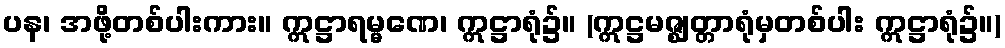
ပန၊ အဖို့တစ်ပါးကား။ ဣဋ္ဌာရမ္မဏေ၊ ဣဋ္ဌာရုံ၌။ (ဣဋ္ဌမဇ္ဈတ္တာရုံမှတစ်ပါး ဣဋ္ဌာရုံ၌။)